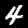
Digit: 4